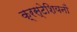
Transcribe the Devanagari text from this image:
क्रस्टेशियनों